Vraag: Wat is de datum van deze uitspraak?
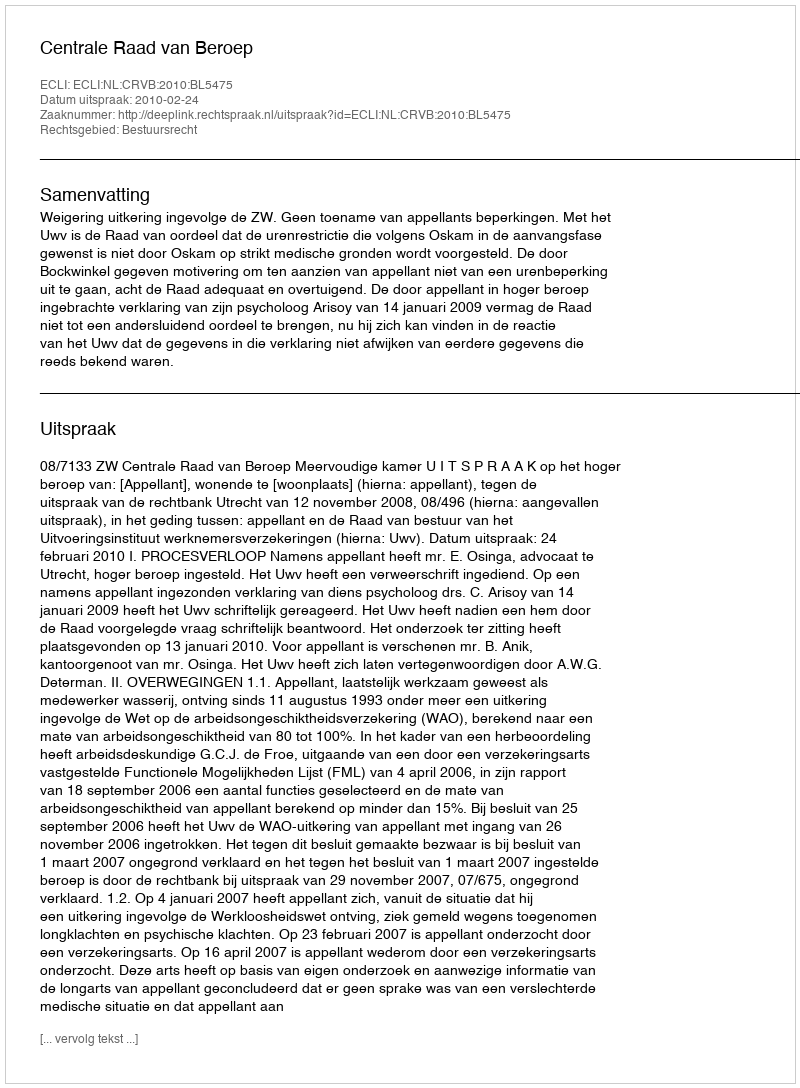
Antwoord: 2010-02-24